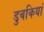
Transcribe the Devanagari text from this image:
डुबकियां